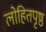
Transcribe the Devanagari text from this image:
लोहितपृष्ठ